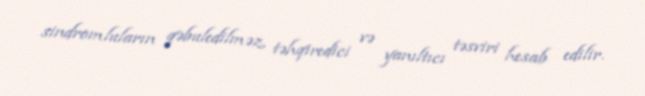
sindromluların qəbuledilməz, təhqiredici və yanıltıcı təsviri hesab edilir.